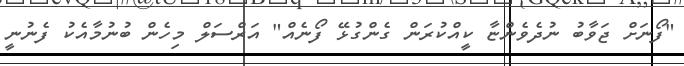
"ފޯނަށް ޖަވާބު ނުދެވެންޏާ ކީއްކުރަން ގެންގުޅޭ ފޯނެއް" އަރްސަލް މިހެން ބުނުމާއެކު ފެނުނީ